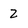
Character: 2